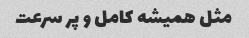
مثل همیشه کامل و پر سرعت